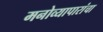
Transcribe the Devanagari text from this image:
मनोव्यापारांचा